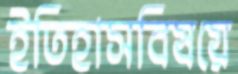
ইতিহাসবিষয়ে